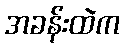
အခန်းထဲက